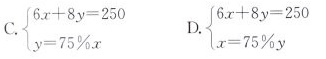
C.$$\begin { cases }